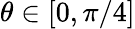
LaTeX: \theta\in[0,\pi/4]